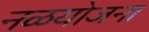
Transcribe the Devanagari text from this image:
नळयोजना